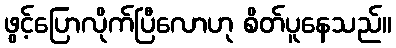
ဖွင့်ပြောလိုက်ပြီလောဟု စိတ်ပူနေသည်။